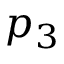
p _ { 3 }